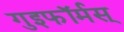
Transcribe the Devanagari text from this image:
गुइफॉर्मस्